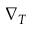
\nabla _ { T }